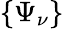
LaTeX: \{ \Psi_{\nu}\}